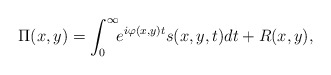
\begin{align*}\Pi(x,y)=\int^{\infty}_{0}\!\! e^{i\varphi(x, y)t}s(x, y, t)dt+R(x,y),\end{align*}